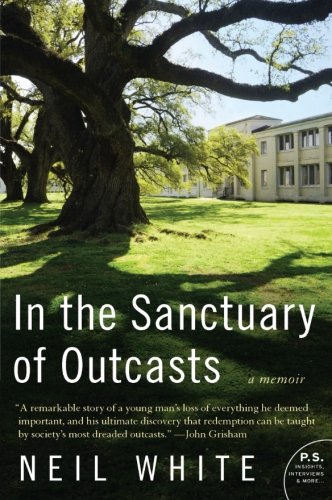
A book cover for In the Sanctuary of Outcasts: A Memoir (P.S.); Neil White; Biographies & Memoirs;